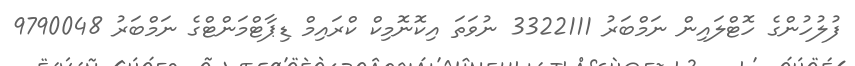
ފުލުހުންގެ ހޮޓްލައިން ނަމްބަރު 3322111 ނުވަތަ އިކޮނޮމިކް ކްރައިމް ޑިޕާޓްމަންޓްގެ ނަމްބަރު 9790048